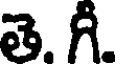
తె. గీ.